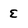
Character: E